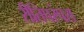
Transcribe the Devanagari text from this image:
रीतिपरंपरा